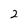
Character: 2